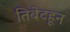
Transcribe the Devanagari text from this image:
तिबेटहून